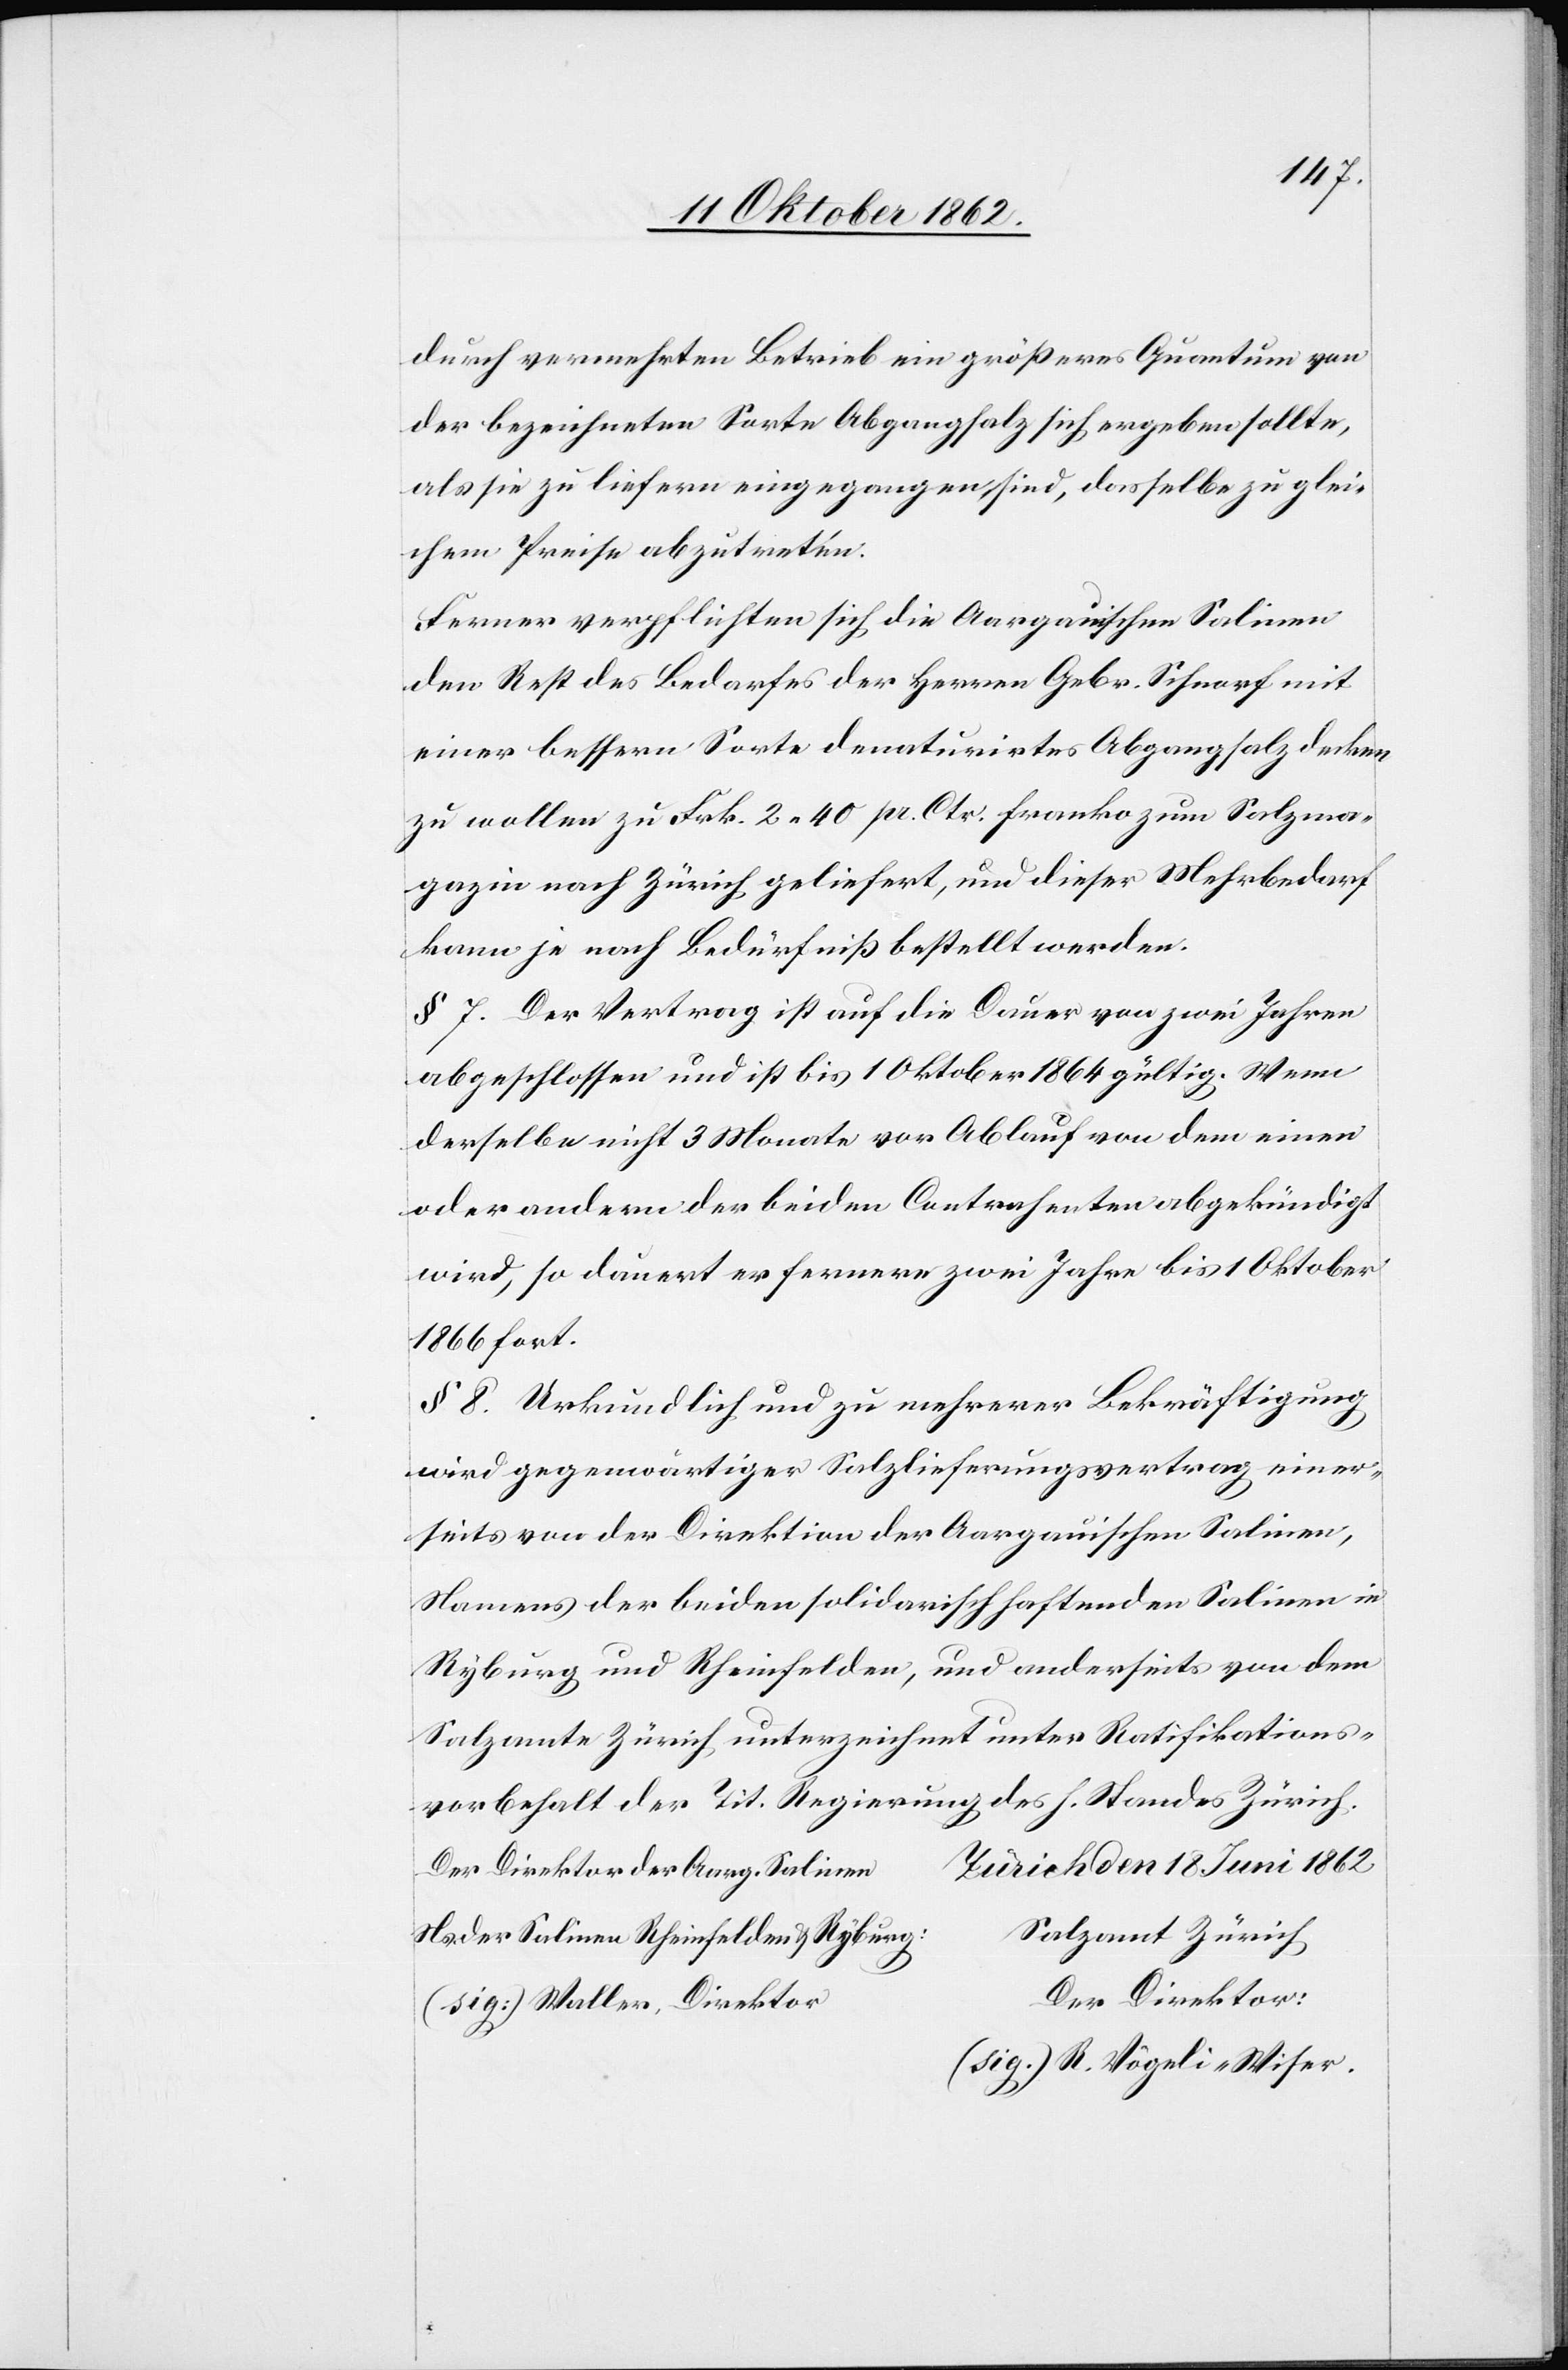
durch vermehrten Betrieb ein größeres Quantum von
der bezeichneten Sorte Abgangsalz sich ergeben sollte,
als sie zu liefern eingegangen sind, dasselbe zu glei¬
chem Preise abzutreten.
Ferner verpflichteten sich die Aargauischen Salinen
den Rest des Bedarfes der Herren Gebr. Schnorf mit
einer bessern Sorte denaturirtes Abgangsalz decken
zu wollen zu Frk. 2. 40 pr. Ctr. franko zum Salzma¬
gazin nach Zürich geliefert, und dieser Mehrbedarf
kann je nach Bedürfniß bestellt werden.
§ 7. Der Vertrag ist auf die Dauer von zwei Jahren
abgeschlossen und ist bis 1. Oktober 1864 gültig. Wenn
derselbe nicht 3 Monate vor Ablauf von dem einen
oder andern der beiden Contrahenten abgekündigt
wird, so dauert er ferner zwei Jahre bis 1 Oktober
1866 fort.
§ 8. Urkundlich und zu mehrerer Bekräftigung
wird gegenwärtiger Salzlieferungsvertrag einer¬
seits von der Direktion der Aargauischen Salinen,
Namens der beiden solidarisch haftenden Salinen in
Ryburg und Rheinfelden, und anderseits von dem
Salzamte Zürich, unterzeichnet unter Ratifikations¬
vorbehalt der Tit. Regierung des h. Standes Zürich.
n	Zürich den 18. Juni 1862
Der Direktor der Aarg. Saline¬
g	Salzamt Zürich
Ns. der Salinen Rheinfelden u. Rybur¬
er Direktor:
[sig:] Waller, Direktor	D¬
[sig.] R. Vögeli-Wiser